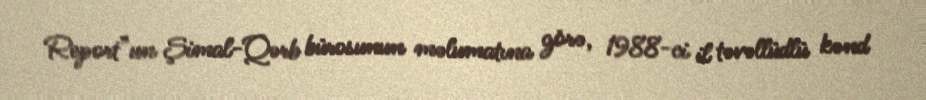
Report”un Şimal-Qərb bürosunun məlumatına görə, 1988-ci il təvəllüdlü kənd